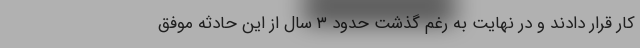
کار قرار دادند و در نهایت به رغم گذشت حدود ۳ سال از این حادثه موفق